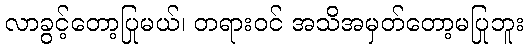
လာခွင့်တော့ပြုမယ်၊ တရားဝင် အသိအမှတ်တော့မပြုဘူး